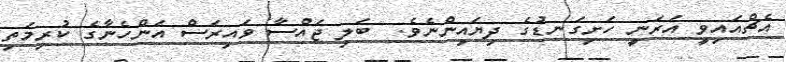
އެޗްއައިވީ އަރަނީ ހަށިގަނޑުގެ ދިޔައިންނެވެ.  ބަލި ޖައްސާ ވައިރަސް އަންހެނާގެ ކުރިމަތި